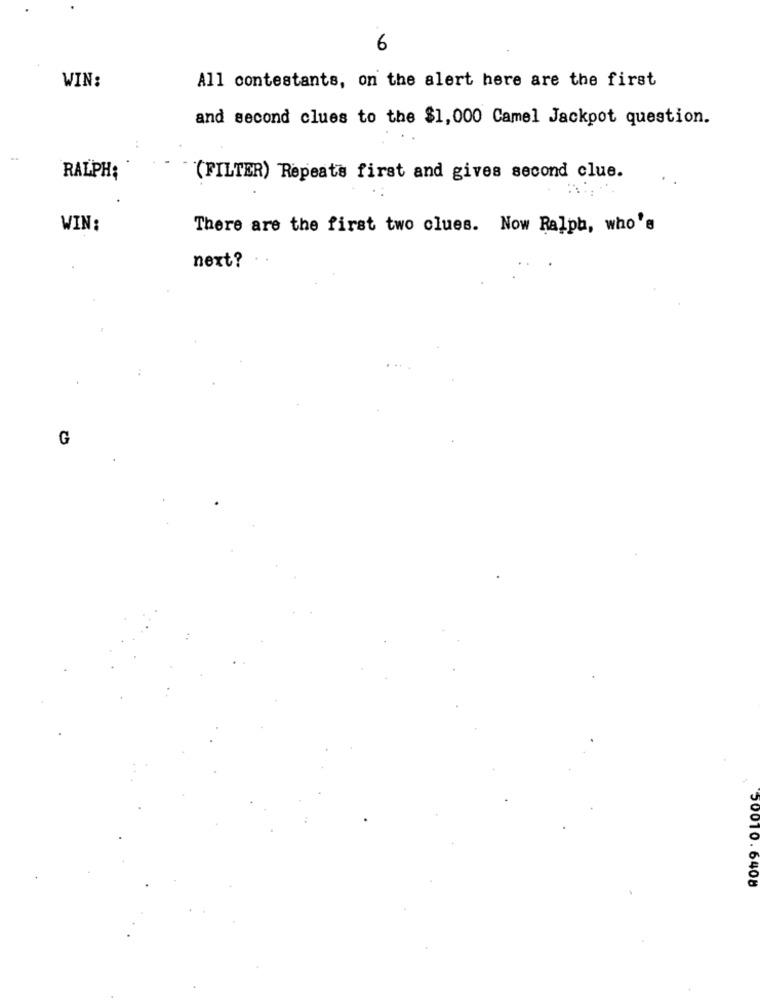
6
WIN:
All contestants, on the alert here are the first
and second clues to the $1,000 Camel Jackpot question.
RALPH;
(FILTER) Repeats first and gives second clue.
WIN:
There are the first two clues. Now Ralph, who's
next?
G
50010. 6408